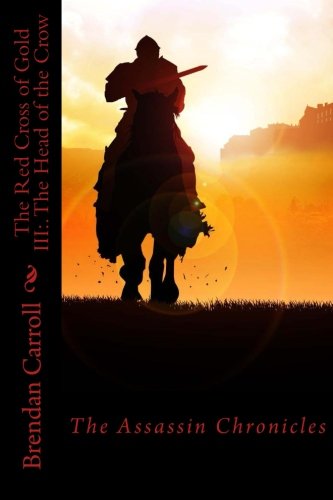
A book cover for The Red Cross of Gold III:. The Head of the Crow: The Assassin Chronicles (The Red Cross of Gold: the Assassin Chronicles); Brendan Carroll; Literature & Fiction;